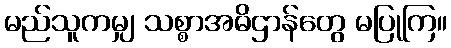
မည်သူကမျှ သစ္စာအဓိဌာန်တွေ မပြုကြ။